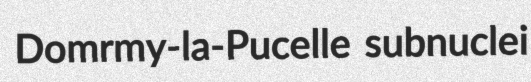
Domrmy-la-Pucelle subnuclei